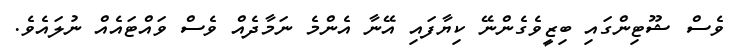
ވެސް ޝޫޓިންގައި ބިޒީވެގެންނޭ ކިޔާފައި އޭނާ އެންމެ ނަމާދެއް ވެސް ވައްޓައެއް ނުލައެވެ.